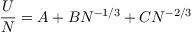
\frac { U } { N } = A + B N ^ { - 1 / 3 } + C N ^ { - 2 / 3 }